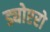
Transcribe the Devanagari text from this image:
ड्योएरो